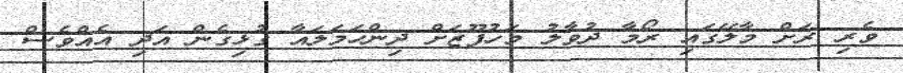
ވެރި ރަށް މާލޭގައި ރޯމާ ދުވާލު މަހުފޫޒަށް ދިންހަމަލައާ ގުޅިގެން އަދި އެއްވެސް